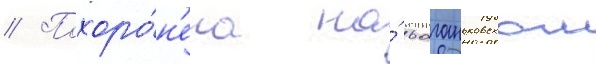
// Похоро́н'ена на́ ваганьковском